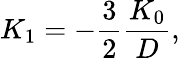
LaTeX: K_{1}=-\frac{3}{2}\frac{K_{0}}{D},